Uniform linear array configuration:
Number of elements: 16
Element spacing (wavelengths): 0.25
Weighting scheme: hamming
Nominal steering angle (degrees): -30
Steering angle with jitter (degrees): -29.907
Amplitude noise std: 0.05
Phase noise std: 0.05

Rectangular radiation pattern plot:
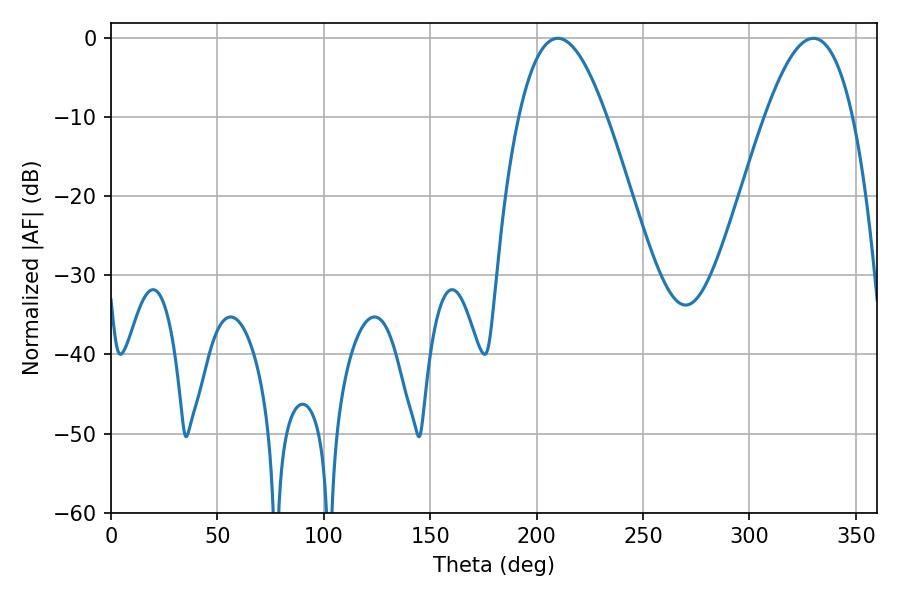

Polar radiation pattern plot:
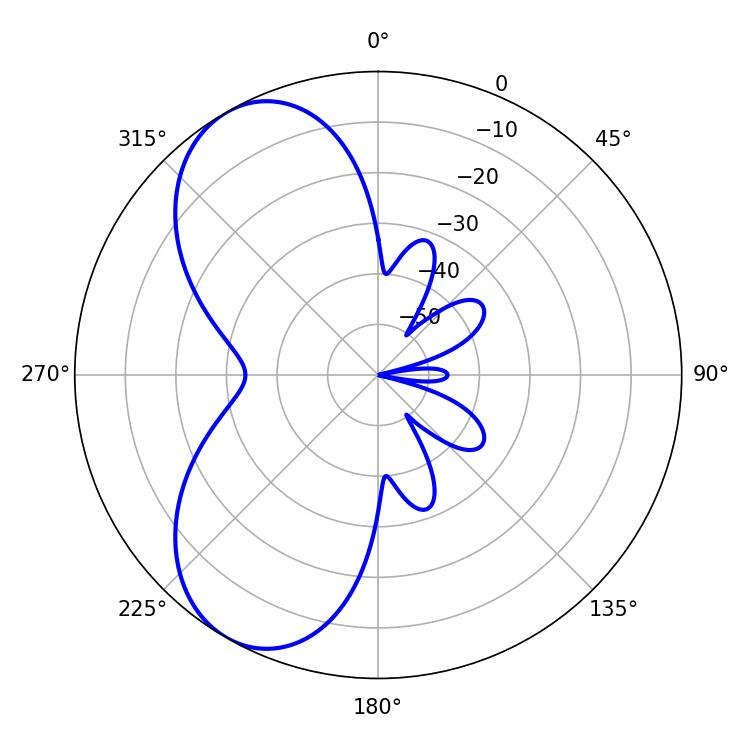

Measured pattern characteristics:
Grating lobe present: FALSE
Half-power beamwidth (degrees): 22.5
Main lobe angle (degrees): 209.88